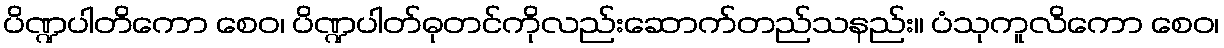
ပိဏ္ဍပါတိကော စေဝ၊ ပိဏ္ဍပါတ်ဓုတင်ကိုလည်းဆောက်တည်သနည်း။ ပံသုကူလိကော စေဝ၊